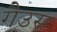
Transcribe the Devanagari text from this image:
गैउस